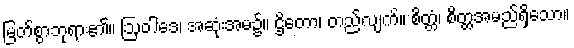
မြတ်စွာဘုရား၏။ ဩဝါဒေ၊ အဆုံးအမ၌။ ဌိတော၊ တည်လျက်။ စိတ္တံ၊ စိတ္တအမည်ရှိသော။